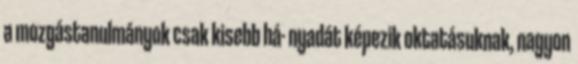
a mozgástanulmányok csak kisebb há- nyadát képezik oktatásuknak, nagyon